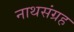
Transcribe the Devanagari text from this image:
नाथसंग्रह